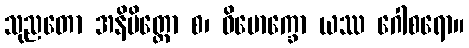
သုညတော အနိမိတ္တော စ၊ ဝိမောက္ခော ယဿ ဂေါစရော။